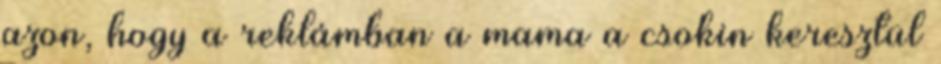
azon, hogy a reklámban a mama a csokin keresztül